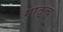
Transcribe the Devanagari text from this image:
मातृ्त्व